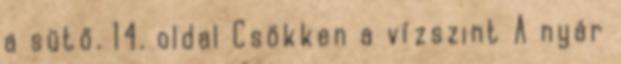
a sütő. 14. oldal Csökken a vízszint A nyár